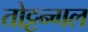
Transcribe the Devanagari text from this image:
तोट्टन्गल